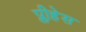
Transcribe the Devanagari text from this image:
प्लीहेस